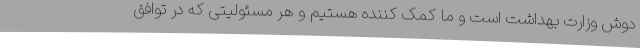
دوش وزارت بهداشت است و ما کمک کننده هستیم و هر مسئولیتی که در توافق